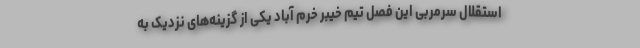
استقلال سرمربی این فصل تیم خیبر خرم آباد یکی از گزینه‌های نزدیک به